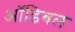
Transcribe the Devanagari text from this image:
ऑडिबल